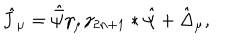
\hat { J } _ { \mu } = \hat { \bar { \psi } } \gamma _ { \mu } \gamma _ { 2 n + 1 } * \hat { \psi } + \hat { \Delta } _ { \mu } ,